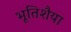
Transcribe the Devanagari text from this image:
भूतिशैया